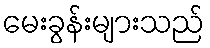
မေးခွန်းများသည်